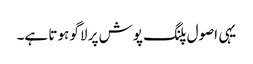
یہی اصول پلنگ پوش پر لاگو ہوتا ہے۔